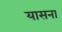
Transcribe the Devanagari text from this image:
यासना